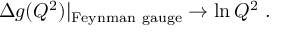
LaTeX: \Delta g ( Q ^ { 2 } ) | _ { \mathrm { F e y n m a n ~ g a u g e } } \rightarrow \ln Q ^ { 2 } \ .